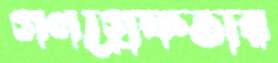
গণগ্রেফতার